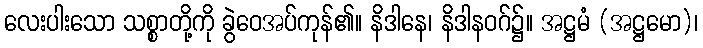
လေးပါးသော သစ္စာတို့ကို ခွဲဝေအပ်ကုန်၏။ နိဒါနေ၊ နိဒါနဝဂ်၌။ အဋ္ဌမံ (အဋ္ဌမော)၊